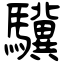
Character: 驥